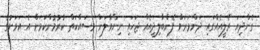
ގެންދިޔަ ރެލީއެއްގައި ދަންމަރަށް ފެންބާލިދީއެއް ޖަހައި ނިންވާލަން މަސައްކަތް ކުރުމުންކަމަށް އެ އަވަށުގެ